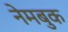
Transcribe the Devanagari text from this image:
नेमबुक